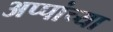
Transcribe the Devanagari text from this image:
अप्पांच्या